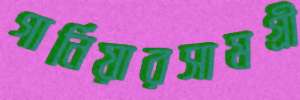
গার্নিয়ারসামগ্রী